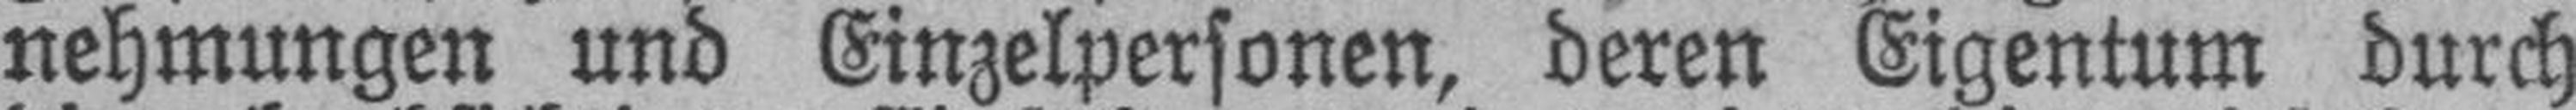
nehmungen und Einzelpersonen, deren Eigentum durch